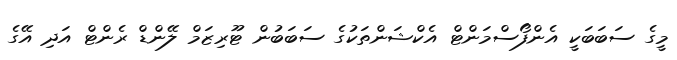
މީގެ ސަބަބަކީ އެންފޯސްމަންޓް އެކްޝަންތަކުގެ ސަބަބުން ޓޫރިޒަމް ލޭންޑް ރެންޓް އަދި އޭގެ